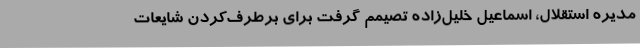
مدیره استقلال، اسماعیل خلیل‌زاده تصیمم گرفت برای برطرف‌کردن شایعات